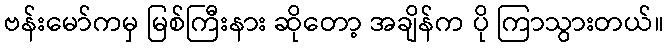
ဗန်းမော်ကမှ မြစ်ကြီးနား ဆိုတော့ အချိန်က ပို ကြာသွားတယ်။